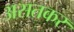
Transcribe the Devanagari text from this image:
असतकर